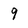
Character: 9